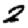
Digit: 2